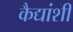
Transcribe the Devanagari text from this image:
कैद्यांशी